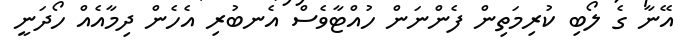
އޭނާ ގެ ލޯބި ކުރިމަތިން ފެންނަން ހުއްޓާވެސް އެނބުރި އެހެން ދިމާއެއް ހޯދަނީ